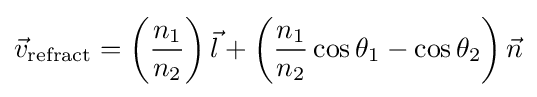
{\vec {v}}_{\mathrm {refract} }=\left({\frac {n_{1}}{n_{2}}}\right){\vec {l}}+\left({\frac {n_{1}}{n_{2}}}\cos \theta _{1}-\cos \theta _{2}\right){\vec {n}}